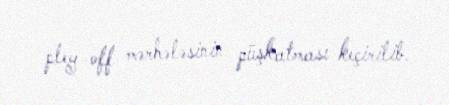
pley-off mərhələsinin püşkatması keçirilib.